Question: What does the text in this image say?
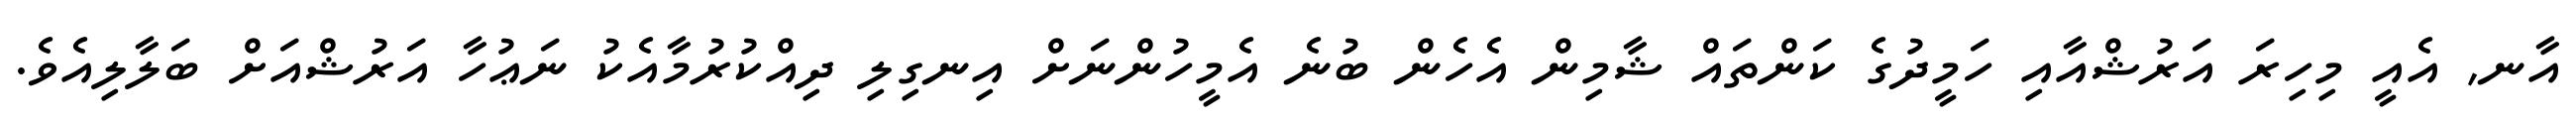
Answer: އާނ, އެއީ މިހިރަ އަރުޝްއާއި ހަމީދުގެ ކަންތައް ޝާމިން އެހެން ބުނެ އެމީހުންނަށް އިނގިލި ދިއްކުރުމާއެކު ނަޢުހާ އަރުޝްއަށް ބަލާލިއެވެ.